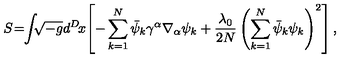
S \! = \! \! \int \! \! \! \sqrt { - g } d ^ { D } \! x \! \left[ - \sum _ { k = 1 } ^ { N } \bar { \psi } _ { k } \gamma ^ { \alpha } \nabla _ { \alpha } \psi _ { k } + \frac { \lambda _ { 0 } } { 2 N } \left( \sum _ { k = 1 } ^ { N } \bar { \psi } _ { k } \psi _ { k } \right) ^ { 2 } \right] ,